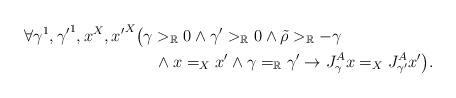
LaTeX: \begin{align*}&\forall\gamma^1,{\gamma'}^1,x^X,{x'}^X\big(\gamma>_\mathbb{R}0\land{\gamma'}>_\mathbb{R}0\land\tilde{\rho}>_\mathbb{R}-\gamma\\&\qquad\qquad\qquad\qquad\land x=_Xx'\land\gamma=_\mathbb{R}\gamma'\rightarrow J^A_\gamma x=_XJ^A_{\gamma'}x'\big).\end{align*}